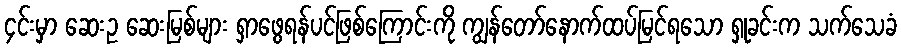
၄င်းမှာ ဆေးဥ ဆေးမြစ်များ ရှာဖွေရန်ပင်ဖြစ်ကြောင်းကို ကျွန်တော်နောက်ထပ်မြင်ရသော ရှုခင်းက သက်သေခံ